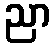
ညာ